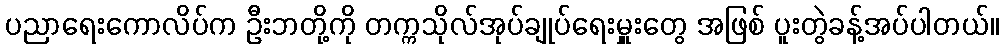
ပညာရေးကောလိပ်က ဦးဘတို့ကို တက္ကသိုလ်အုပ်ချုပ်ရေးမှူးတွေ အဖြစ် ပူးတွဲခန့်အပ်ပါတယ်။